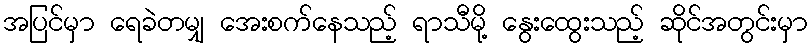
အပြင်မှာ ရေခဲတမျှ အေးစက်နေသည့် ရာသီမို့ နွေးထွေးသည့် ဆိုင်အတွင်းမှာ